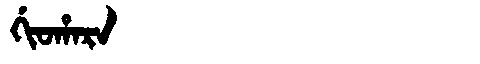
Manchu: ᡤᡳᠣᡥᠠᡵᠠ
Romanization: GIOHARA